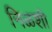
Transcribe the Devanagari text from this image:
निळशी